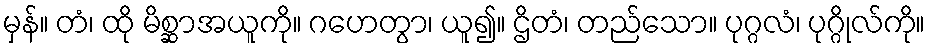
မှန်။ တံ၊ ထို မိစ္ဆာအယူကို။ ဂဟေတွာ၊ ယူ၍။ ဌိတံ၊ တည်သော။ ပုဂ္ဂလံ၊ ပုဂ္ဂိုလ်ကို။